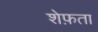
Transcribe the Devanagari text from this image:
शेफ़ता